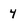
Character: 4